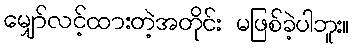
မျှော်လင့်ထားတဲ့အတိုင်း မဖြစ်ခဲ့ပါဘူး။